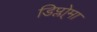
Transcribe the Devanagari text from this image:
डिप्लो्मा